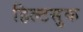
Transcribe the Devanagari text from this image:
हिल्टसुक